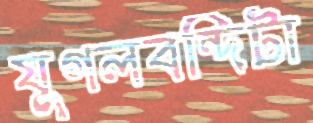
যুগলবন্দিটা